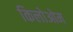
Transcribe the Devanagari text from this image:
किलोओम